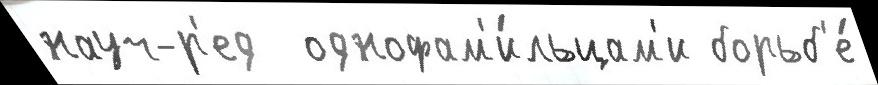
науч-р'ед  однофам'и́льцам'и борьб'е́